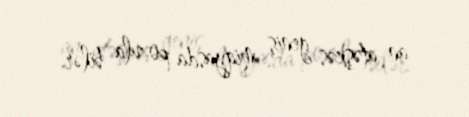
an atəşkəs geniş miqyasda pozula bilər.